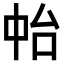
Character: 𠁯